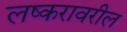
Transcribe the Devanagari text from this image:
लष्करावरील